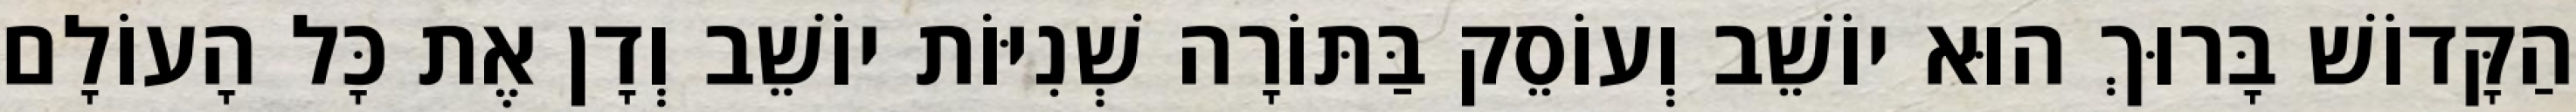
הַקָּדוֹשׁ בָּרוּךְ הוּא יוֹשֵׁב וְעוֹסֵק בַּתּוֹרָה שְׁנִיּוֹת יוֹשֵׁב וְדָן אֶת כָּל הָעוֹלָם